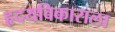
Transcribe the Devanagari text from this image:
हृदयविकाराला